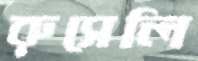
রুসেলি